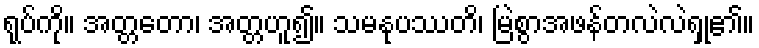
ရုပ်ကို။ အတ္တတော၊ အတ္တဟူ၍။ သမနုပဿတိ၊ မြဲစွာအဖန်တလဲလဲရှု၏။